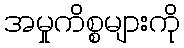
အမှုကိစ္စများကို